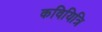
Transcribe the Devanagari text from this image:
कवियित्रि